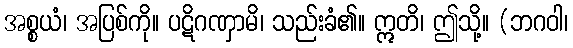
အစ္စယံ၊ အပြစ်ကို။ ပဋိဂဏှာမိ၊ သည်းခံ၏။ ဣတိ၊ ဤသို့။ (ဘဂဝါ၊